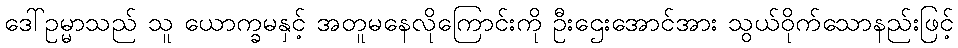
ဒေါ်ဥမ္မာသည် သူ ယောက္ခမနှင့် အတူမနေလိုကြောင်းကို ဦးဌေးအောင်အား သွယ်ဝိုက်သောနည်းဖြင့်